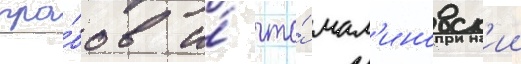
гра́бов и́ что́ мал'иновск'ии